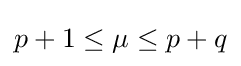
p+1\leq \mu \leq p+q